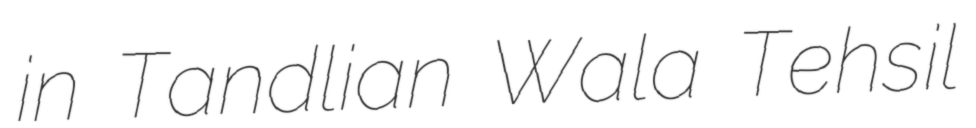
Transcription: in Tandlian Wala Tehsil